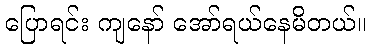
ပြောရင်း ကျနော် အော်ရယ်နေမိတယ်။